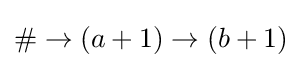
\#\rightarrow (a+1)\rightarrow (b+1)